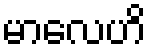
မာလေဟိ